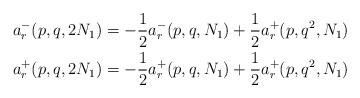
LaTeX: \begin{align*} a_r^-(p,q,2N_1) &= -\frac{1}{2} a_r^-(p,q,N_1) +\frac{1}{2} a_r^+(p,q^2,N_1) \\ a_r^+(p,q,2N_1) &= -\frac{1}{2} a_r^+(p,q,N_1) +\frac{1}{2} a_r^+(p,q^2,N_1) \end{align*}